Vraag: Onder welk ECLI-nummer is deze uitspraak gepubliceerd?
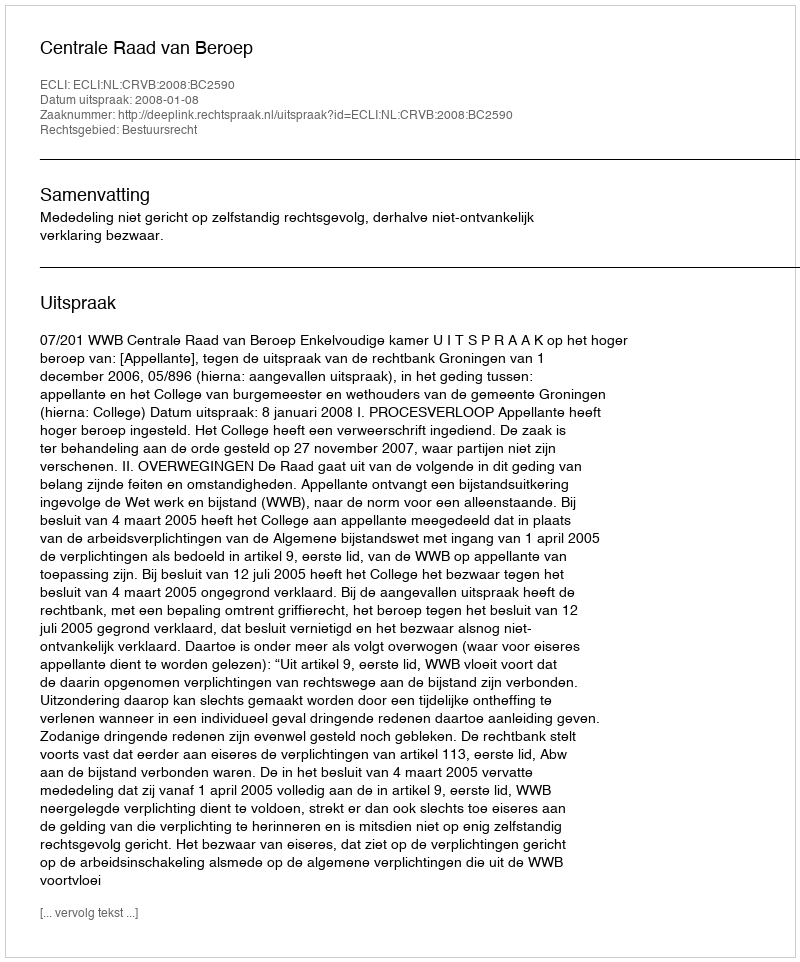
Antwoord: ECLI:NL:CRVB:2008:BC2590